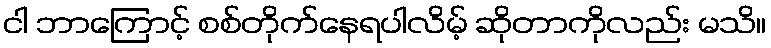
ငါ ဘာကြောင့် စစ်တိုက်နေရပါလိမ့် ဆိုတာကိုလည်း မသိ။